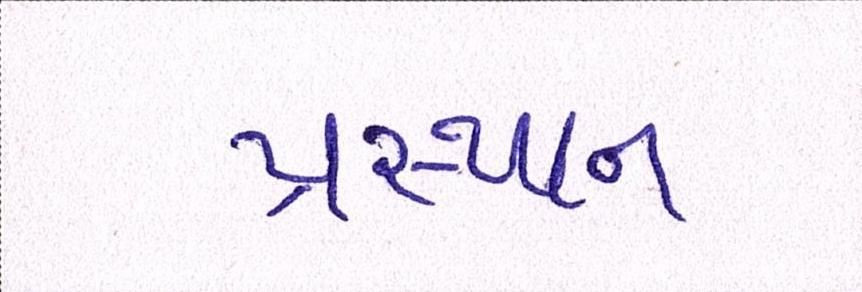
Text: પ્રસ્થાન